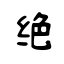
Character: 绝